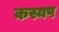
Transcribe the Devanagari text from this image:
कस्यप